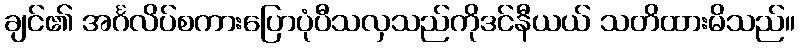
ချင်၏ အင်္ဂလိပ်စကားပြောပုံပီသလှသည်ကိုဒင်နီယယ် သတိထားမိသည်။